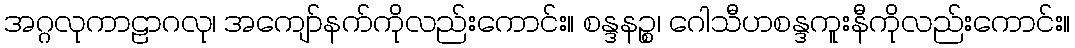
အဂ္ဂလုကာဠာဂလု၊ အကျော်နက်ကိုလည်းကောင်း။ စန္ဒနဉ္စ၊ ဂေါသီဟစန္ဒကူးနီကိုလည်းကောင်း။